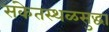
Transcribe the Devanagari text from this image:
संकेतस्थळसुद्धा